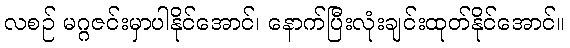
လစဉ် မဂ္ဂဇင်းမှာပါနိုင်အောင်၊ နောက်ပြီးလုံးချင်းထုတ်နိုင်အောင်။